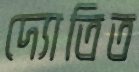
দ্যোতিত